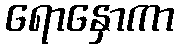
ရောနှောကာ